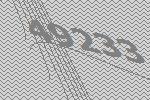
49233